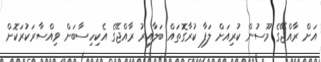
އަށް ރާއްޖޭގެ މޫސުން ކުރިއަށް ލަފާ ކުރާގޮތައް ބަލާއިރު ރާއްޖޭގެ އެކިހިސާބަށް ވިއްސާރަކުރަކޮށް